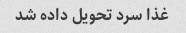
غذا سرد تحویل داده شد